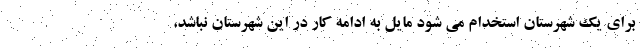
برای یک شهرستان استخدام می شود مایل به ادامه کار در این شهرستان نباشد،